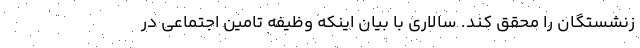
زنشستگان را محقق کند. سالاری با بیان اینکه وظیفه تامین اجتماعی در